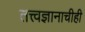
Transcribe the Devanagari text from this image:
तत्त्वज्ञानाचीही